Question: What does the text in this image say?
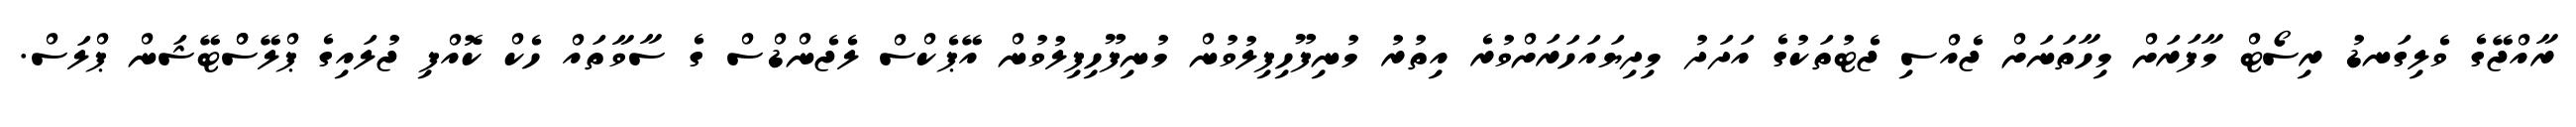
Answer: ރާއްޖޭގެ ވެލިގަނޑު ރިސޯޓް މާފަރަށް މިހާތަނަށް ޖެއްސި ޖެޓުތަކުގެ އަދަދު މިދިޔައަހަރަށްވުރެ އިތުރު މުނިފޫހިފިލުވުން މުނިފޫހިފިލުވުން އޭޕެކްސް ލެޖެންޑްސް ގެ ސާވާތައް ހެކް ކޮއްފި ޖުލައިގެ ޕްލޭސްްޓޭޝަން ޕްލަސް.